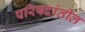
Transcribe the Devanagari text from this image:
परिषदांतील